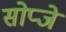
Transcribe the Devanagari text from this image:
सोप्जे